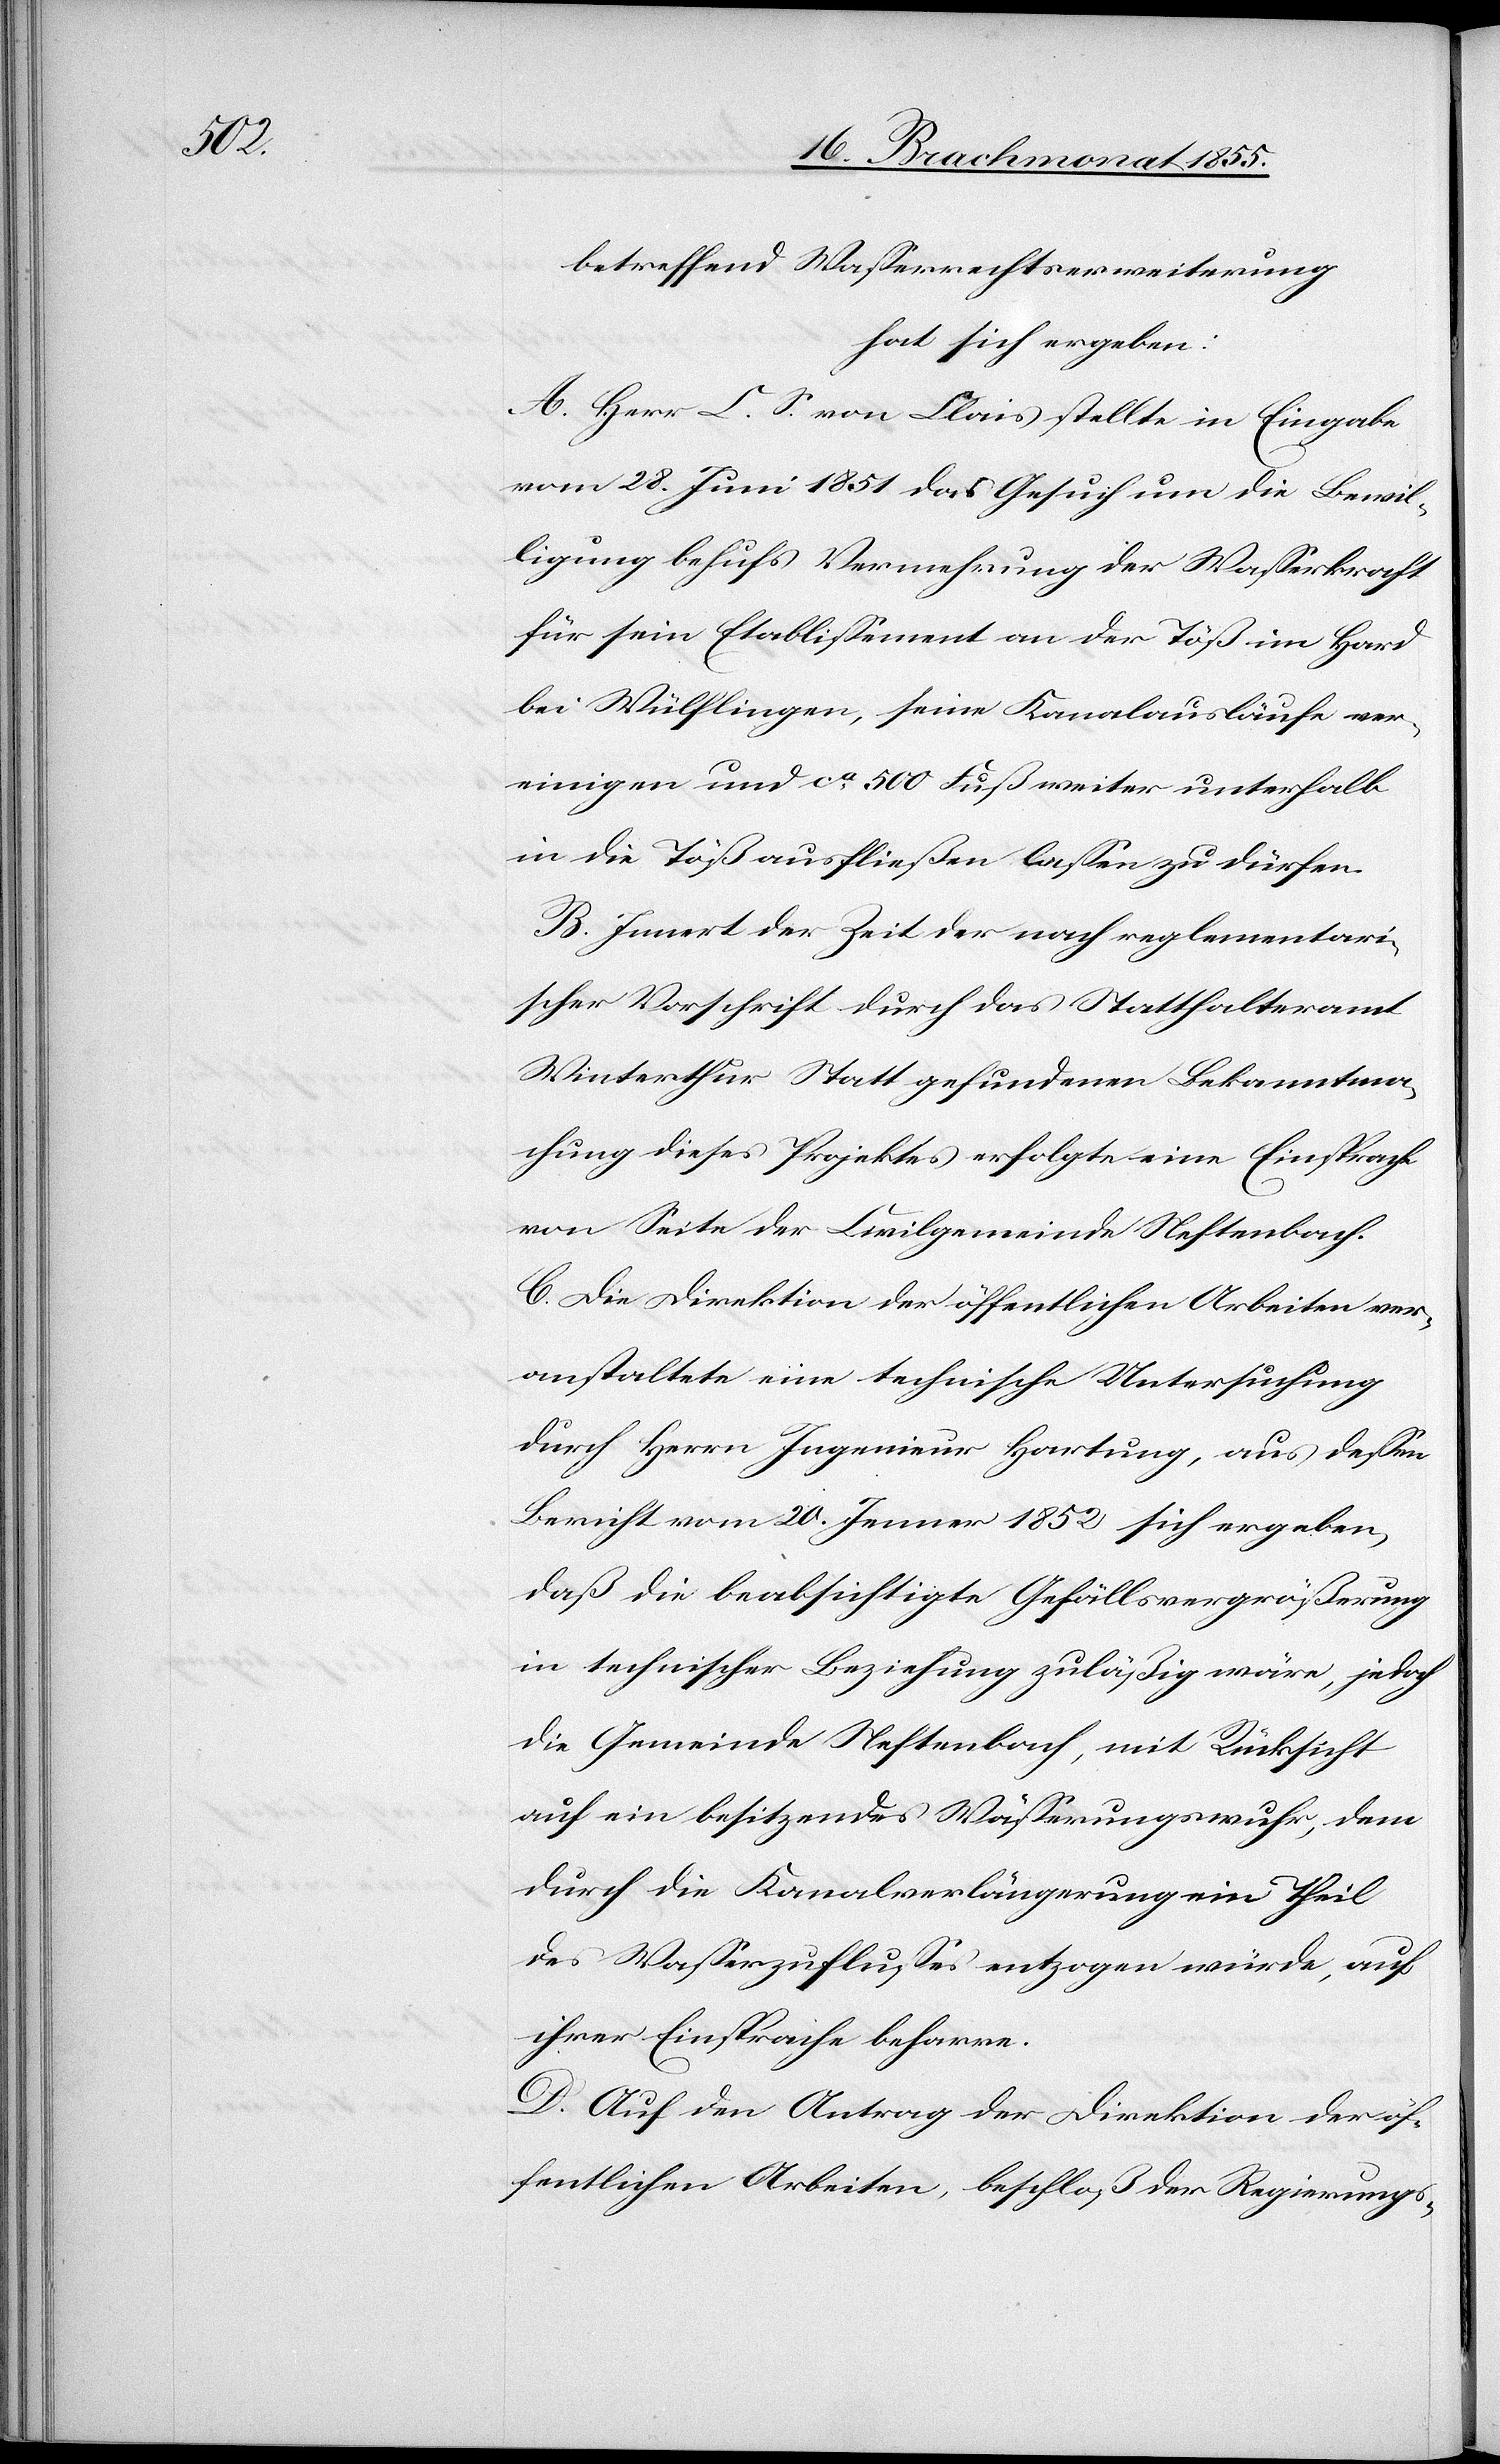
betreffend Wasserrechtserweiterung
hat sich ergeben:
A. Herr C. S. von Clais stellte in Eingabe
vom 28. Juni 1851 das Gesuch um die Bewil¬
ligung behufs Vermehrung der Wasserkraft
für sein Etablissement an der Töß im Hard
bei Wülflingen, seine Kanalausläufe ver¬
einigen und ca. 500 Fuß weiter unterhalb
in die Töß ausfließen lassen zu dürfen.
B. Innert der Zeit der nach reglementari¬
scher Vorschrift durch das Statthalteramt
Winterthur Statt gefundenen Bekanntma¬
chung dieses Projektes erfolgte eine Einsprache
von Seite der Civilgemeinde Neftenbach.
C. Die Direktion der öffentlichen Arbeiten ver¬
anstaltete eine technische Untersuchung
durch Herrn Ingenieur Hartung, aus dessen
Bericht vom 20. Jenner 1852 sich ergeben,
daß die beabsichtigte Gefällsvergrößerung
in technischer Beziehung zuläßig wäre, jedoch
die Gemeinde Neftenbach, mit Rücksicht
auf ein besitzendes Wässerungswuhr, dem
durch die Kanalverlängerung ein Theil
des Wasserzuflusses entzogen würde, auf
ihrer Einsprache beharre.
D. Auf den Antrag der Direktion der öf¬
fentlichen Arbeiten, beschloß der Regierungs-